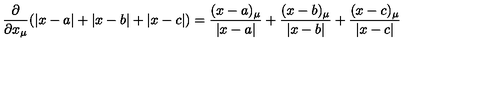
\frac { \partial } { \partial x _ { \mu } } ( \left| x - a \right| + \left| x - b \right| + \left| x - c \right| ) = \frac { ( x - a ) _ { \mu } } { \left| x - a \right| } + \frac { ( x - b ) _ { \mu } } { \left| x - b \right| } + \frac { ( x - c ) _ { \mu } } { \left| x - c \right| }